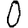
Digit: 0